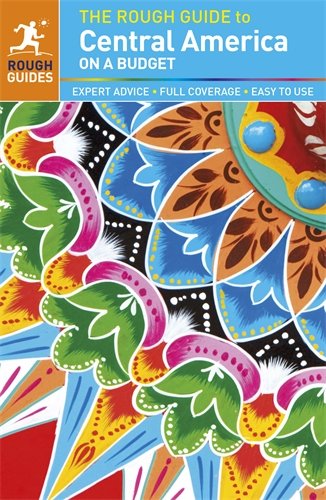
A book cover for The Rough Guide to Central America On a Budget (Rough Guide Central America on a Budget); Rough Guides; Travel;